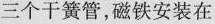
三个干簧管，磁铁安装在